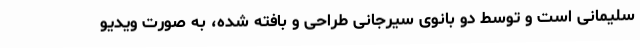
سلیمانی است و توسط دو بانوی سیرجانی طراحی و بافته شده، به صورت ویدیو